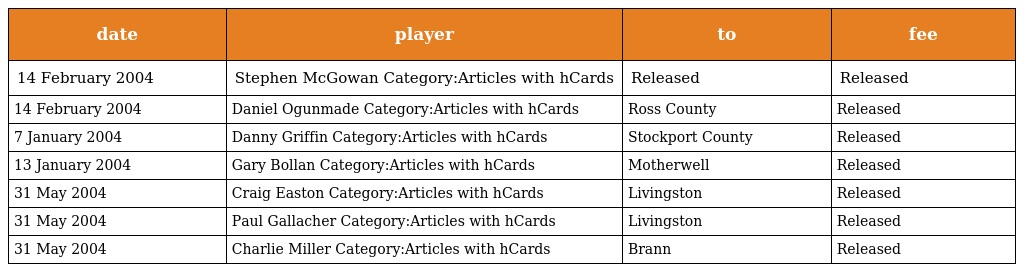
| date | player | to | fee |
 | --- | --- | --- | --- |
 | 14 February 2004 | Stephen McGowan Category:Articles with hCards | Released | Released |
 | 14 February 2004 | Daniel Ogunmade Category:Articles with hCards | Ross County | Released |
 | 7 January 2004 | Danny Griffin Category:Articles with hCards | Stockport County | Released |
 | 13 January 2004 | Gary Bollan Category:Articles with hCards | Motherwell | Released |
 | 31 May 2004 | Craig Easton Category:Articles with hCards | Livingston | Released |
 | 31 May 2004 | Paul Gallacher Category:Articles with hCards | Livingston | Released |
 | 31 May 2004 | Charlie Miller Category:Articles with hCards | Brann | Released |